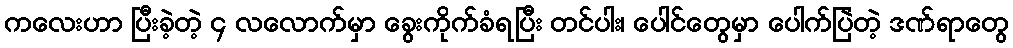
ကလေးဟာ ပြီးခဲ့တဲ့ ၄ လလောက်မှာ ခွေးကိုက်ခံရပြီး တင်ပါး၊ ပေါင်တွေမှာ ပေါက်ပြဲတဲ့ ဒဏ်ရာတွေ